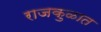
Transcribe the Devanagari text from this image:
राजकुळात